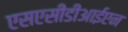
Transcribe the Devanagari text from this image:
एसएसीडीआईएन